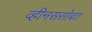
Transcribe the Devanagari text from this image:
व्हीनससोबत